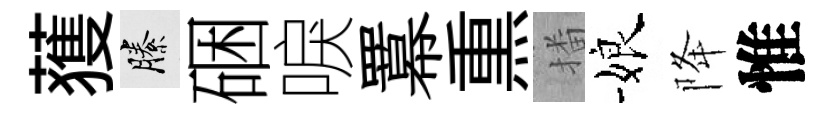
𫉬縢硱唳羃𤋱播娘降惟